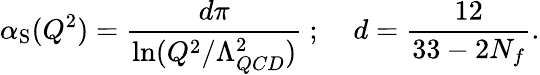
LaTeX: \alpha_{\mathrm{S}}(Q^{2})=\frac{d\pi}{\ln(Q^{2}/\Lambda_{QCD}^{2})}~;\; \; \; \; d=\frac{12}{33-2N_{f}}.